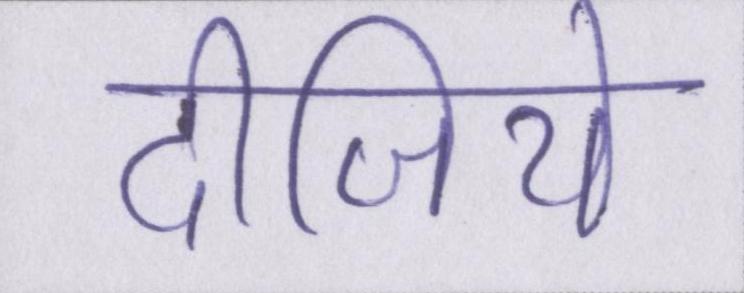
दीजिये